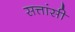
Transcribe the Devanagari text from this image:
सत्तांसी